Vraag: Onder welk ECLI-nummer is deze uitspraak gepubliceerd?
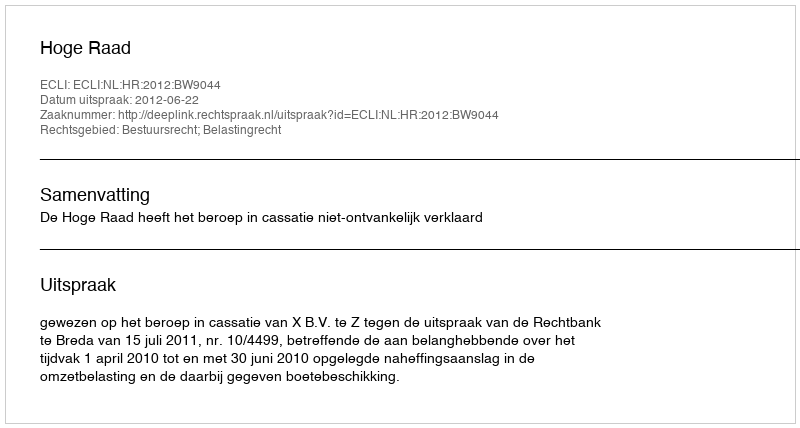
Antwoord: ECLI:NL:HR:2012:BW9044